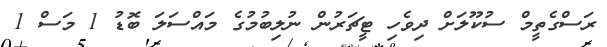
ރަސްގެތީމް ސުކޫލަށް ދިވެހި ޓީޗަރުން ނުލިބުމުގެ މައްސަލަ ބޮޑު 1 މަސް 1